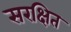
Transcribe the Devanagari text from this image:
सरक्षित